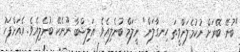
"ބުނޭ. ބޭރަށް ނުކުމެލަންވީތަ ހިނގާލަން" ނީލަމް ބުނެލިއެވެ. އަލިޝްބާ ނޫނެކޭ ބުނެލިއެވެ. އެއަށްފަހު